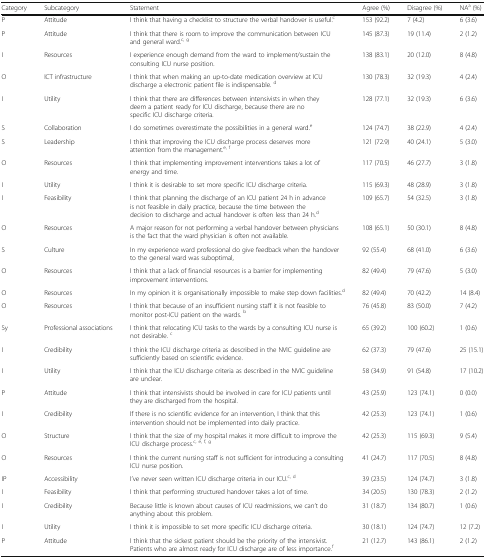
<table><thead><tr><td><b>Category</b></td><td><b>Subcategory</b></td><td><b>Statement</b></td><td><b>Agree (%)</b></td><td><b>Disagree (%)</b></td><td><b>NA<sup>a</sup> (%)</b></td></tr></thead><tbody><tr><td>P</td><td>Attitude</td><td>I think that having a checklist to structure the verbal handover is useful.<sup>c</sup></td><td>153 (92.2)</td><td>7 (4.2)</td><td>6 (3.6)</td></tr><tr><td>P</td><td>Attitude</td><td>I think that there is room to improve the communication between ICU and general ward.<sup>c, g</sup></td><td>145 (87.3)</td><td>19 (11.4)</td><td>2 (1.2)</td></tr><tr><td>I</td><td>Resources</td><td>I experience enough demand from the ward to implement/sustain the consulting ICU nurse position.</td><td>138 (83.1)</td><td>20 (12.0)</td><td>8 (4.8)</td></tr><tr><td>O</td><td>ICT infrastructure</td><td>I think that when making an up-to-date medication overview at ICU discharge a electronic patient file is indispensable. <sup>d</sup></td><td>130 (78.3)</td><td>32 (19.3)</td><td>4 (2.4)</td></tr><tr><td>I</td><td>Utility</td><td>I think that there are differences between intensivists in when they deem a patient ready for ICU discharge, because there are no specific ICU discharge criteria.</td><td>128 (77.1)</td><td>32 (19.3)</td><td>6 (3.6)</td></tr><tr><td>S</td><td>Collaboration</td><td>I do sometimes overestimate the possibilities in a general ward.<sup>e</sup></td><td>124 (74.7)</td><td>38 (22.9)</td><td>4 (2.4)</td></tr><tr><td>S</td><td>Leadership</td><td>I think that improving the ICU discharge process deserves more attention from the management.<sup>e, f</sup></td><td>121 (72.9)</td><td>40 (24.1)</td><td>5 (3.0)</td></tr><tr><td>O</td><td>Resources</td><td>I think that implementing improvement interventions takes a lot of energy and time.</td><td>117 (70.5)</td><td>46 (27.7)</td><td>3 (1.8)</td></tr><tr><td>I</td><td>Utility</td><td>I think it is desirable to set more specific ICU discharge criteria.</td><td>115 (69.3)</td><td>48 (28.9)</td><td>3 (1.8)</td></tr><tr><td>I</td><td>Feasibility</td><td>I think that planning the discharge of an ICU patient 24 h in advance is not feasible in daily practice, because the time between the decision to discharge and actual handover is often less than 24 h.<sup>d</sup></td><td>109 (65.7)</td><td>54 (32.5)</td><td>3 (1.8)</td></tr><tr><td>O</td><td>Resources</td><td>A major reason for not performing a verbal handover between physicians is the fact that the ward physician is often not available.</td><td>108 (65.1)</td><td>50 (30.1)</td><td>8 (4.8)</td></tr><tr><td>S</td><td>Culture</td><td>In my experience ward professional do give feedback when the handover to the general ward was suboptimal,</td><td>92 (55.4)</td><td>68 (41.0)</td><td>6 (3.6)</td></tr><tr><td>O</td><td>Resources</td><td>I think that a lack of financial resources is a barrier for implementing improvement interventions.</td><td>82 (49.4)</td><td>79 (47.6)</td><td>5 (3.0)</td></tr><tr><td>O</td><td>Resources</td><td>In my opinion it is organisationally impossible to make step down facilities.<sup>d</sup></td><td>82 (49.4)</td><td>70 (42.2)</td><td>14 (8.4)</td></tr><tr><td>O</td><td>Resources</td><td>I think that because of an insufficient nursing staff it is not feasible to monitor post-ICU patient on the wards. <sup>b</sup></td><td>76 (45.8)</td><td>83 (50.0)</td><td>7 (4.2)</td></tr><tr><td>Sy</td><td>Professional associations</td><td>I think that relocating ICU tasks to the wards by a consulting ICU nurse is not desirable. <sup>c</sup></td><td>65 (39.2)</td><td>100 (60.2)</td><td>1 (0.6)</td></tr><tr><td>I</td><td>Credibility</td><td>I think the ICU discharge criteria as described in the NVIC guideline are sufficiently based on scientific evidence.</td><td>62 (37.3)</td><td>79 (47.6)</td><td>25 (15.1)</td></tr><tr><td>I</td><td>Utility</td><td>I think that the ICU discharge criteria as described in the NVIC guideline are unclear.</td><td>58 (34.9)</td><td>91 (54.8)</td><td>17 (10.2)</td></tr><tr><td>P</td><td>Attitude</td><td>I think that intensivists should be involved in care for ICU patients until they are discharged from the hospital.</td><td>43 (25.9)</td><td>123 (74.1)</td><td>0 (0.0)</td></tr><tr><td>I</td><td>Credibility</td><td>If there is no scientific evidence for an intervention, I think that this intervention should not be implemented into daily practice.</td><td>42 (25.3)</td><td>123 (74.1)</td><td>1 (0.6)</td></tr><tr><td>O</td><td>Structure</td><td>I think that the size of my hospital makes it more difficult to improve the ICU discharge process.<sup>c, e, f, g</sup></td><td>42 (25.3)</td><td>115 (69.3)</td><td>9 (5.4)</td></tr><tr><td>O</td><td>Resources</td><td>I think the current nursing staff is not sufficient for introducing a consulting ICU nurse position.</td><td>41 (24.7)</td><td>117 (70.5)</td><td>8 (4.8)</td></tr><tr><td>IP</td><td>Accessibility</td><td>I’ve never seen written ICU discharge criteria in our ICU.<sup>c, d</sup></td><td>39 (23.5)</td><td>124 (74.7)</td><td>3 (1.8)</td></tr><tr><td>I</td><td>Feasibility</td><td>I think that performing structured handover takes a lot of time.</td><td>34 (20.5)</td><td>130 (78.3)</td><td>2 (1.2)</td></tr><tr><td>I</td><td>Credibility</td><td>Because little is known about causes of ICU readmissions, we can’t do anything about this problem.</td><td>31 (18.7)</td><td>134 (80.7)</td><td>1 (0.6)</td></tr><tr><td>I</td><td>Utility</td><td>I think it is impossible to set more specific ICU discharge criteria.</td><td>30 (18.1)</td><td>124 (74.7)</td><td>12 (7.2)</td></tr><tr><td>P</td><td>Attitude</td><td>I think that the sickest patient should be the priority of the intensivist. Patients who are almost ready for ICU discharge are of less importance.<sup>f</sup></td><td>21 (12.7)</td><td>143 (86.1)</td><td>2 (1.2)</td></tr></tbody></table>